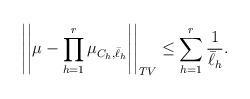
LaTeX: \begin{align*}\left|\left|\mu-\prod_{h=1}^r\mu_{C_h,\bar \ell _h}\right|\right|_{TV}\leq\sum_{h=1}^r\frac{1}{\bar \ell_h}.\end{align*}